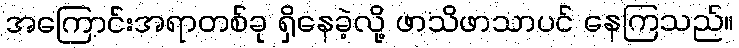
အကြောင်းအရာတစ်ခု ရှိနေခဲ့လို့ ဖာသိဖာသာပင် နေကြသည်။